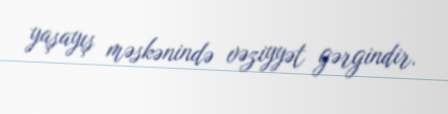
yaşayış məskənində vəziyyət gərgindir.